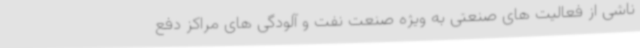
ناشی از فعالیت های صنعتی به ویژه صنعت نفت و آلودگی های مراکز دفع